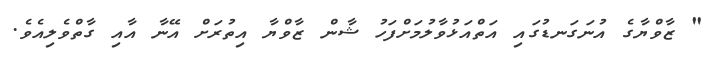
" ޒާވްޔާގެ އުނަގަނޑުގައި އަތްއަޅުވާލުމަށްފަހު ޝާން ޒާވްޔާ އިތުރަށް އޭނާ އާއި ގާތްވެލިއެވެ.